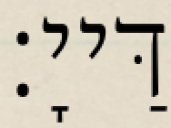
דַּייָ׃